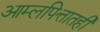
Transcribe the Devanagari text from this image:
आम्लपित्तातही